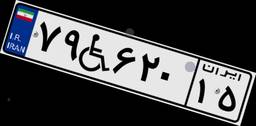
۷۹W۶۲۰۱۵